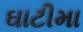
ઘાટીમા